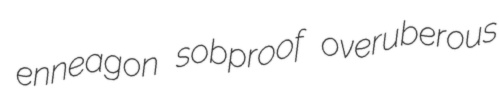
enneagon sobproof overuberous